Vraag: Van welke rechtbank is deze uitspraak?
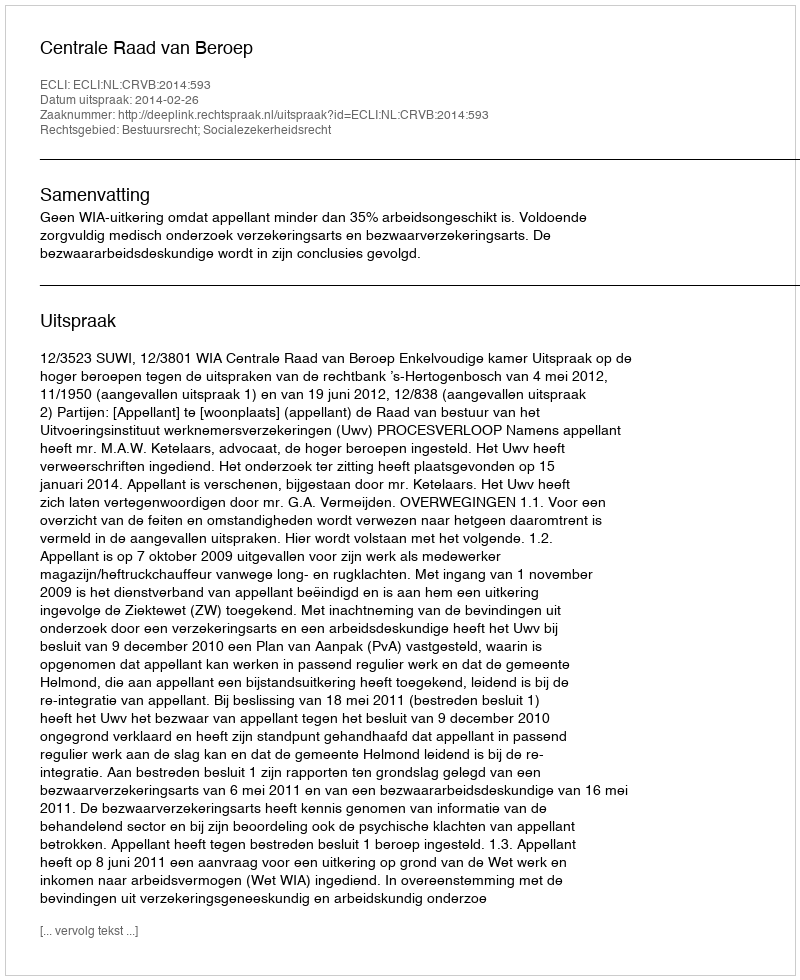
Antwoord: Centrale Raad van Beroep